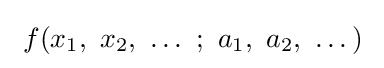
\ f(x_{1},\ x_{2},\ \dots \ ;\ a_{1},\ a_{2},\ \dots )\;